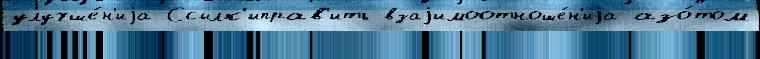
улучше́н'иjа Ссылк'иправ'ить взаjимоотноше́н'иjа азо́том